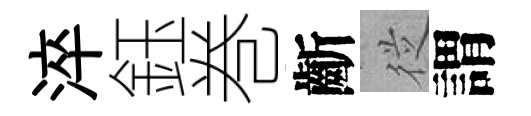
淬鈺巻齗従謂